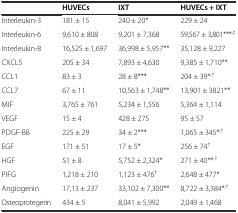
|  | HUVECs | IXT | HUVECs + IXT |
 | --- | --- | --- | --- |
 | Interleukin-3 | 181 ± 15 | 240 ± 20* | 229 ± 24 |
 | Interleukin-6 | 9,610 ± 808 | 9,201 ± 7,368 | 59,567 ± 3,801***,‡ |
 | Interleukin-8 | 16,525 ± 1,697 | 36,998 ± 5,957** | 35,128 ± 9,227 |
 | CXCL5 | 205 ± 34 | 7,893 ± 4,630 | 9,385 ± 1,710** |
 | CCL1 | 83 ± 3 | 28 ± 8*** | 204 ± 39*,† |
 | CCL7 | 67 ± 11 | 10,563 ± 1,748** | 13,901 ± 3821** |
 | MIF | 3,765 ± 761 | 5,234 ± 1,556 | 5,364 ± 1,114 |
 | VEGF | 15 ± 4 | 428 ± 275 | 95 ± 57 |
 | PDGF-BB | 225 ± 29 | 34 ± 2*** | 1,065 ± 345*,† |
 | EGF | 171 ± 51 | 17 ± 5* | 256 ± 74† |
 | HGF | 51 ± 8 | 5,752 ± 2,324* | 271 ± 40**,† |
 | PlFG | 1,218 ± 210 | 1,123 ± 476† | 2,648 ± 477* |
 | Angiogenin | 17,13 ± 237 | 33,102 ± 7,300** | 8,722 ± 3,384*,† |
 | Osteoprotegerin | 434 ± 5 | 8,041 ± 5,992 | 2,049 ± 1,468 |